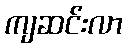
ကျဆင်းလာ